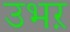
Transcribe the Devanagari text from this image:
उभऱ